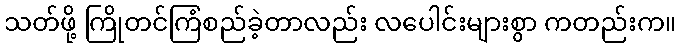
သတ်ဖို့ ကြိုတင်ကြံစည်ခဲ့တာလည်း လပေါင်းများစွာ ကတည်းက။